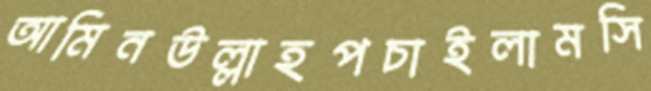
আমিনউল্লাহপচাইলামসি